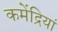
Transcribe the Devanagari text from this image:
कमेंद्रियां